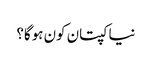
نیا کپتان کون ہوگا؟